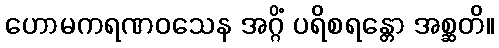
ဟောမကရဏဝသေန အဂ္ဂိံ ပရိစရန္တော အစ္ဆတိ။